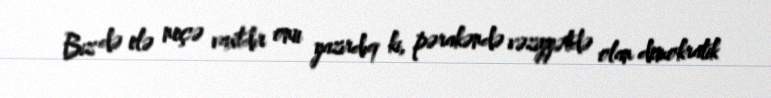
Biz də elə neçə vaxtdır onu yazırdıq ki, pərakəndə vəziyyətdə olan demokratik